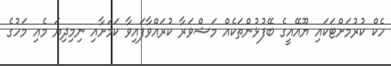
ހެކް ކުރުމަށްޓަކައި ޔޫއޭއީގެ ބޭފުޅުންތަކެއް މަޝްވަރާ ކުރައްވާފައިވާ ކަމަށާއި ނިމިދިޔަ މެއި މަހުގެ